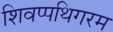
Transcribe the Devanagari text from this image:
शिवप्पथिगरम